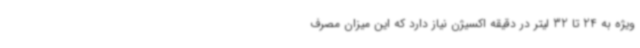
ویژه به 24 تا 32 لیتر در دقیقه اکسیژن نیاز دارد که این میزان مصرف